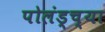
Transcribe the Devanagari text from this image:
पोलंड्च्या